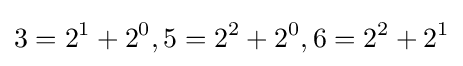
3=2^{1}+2^{0},5=2^{2}+2^{0},6=2^{2}+2^{1}